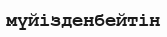
мүйізденбейтін